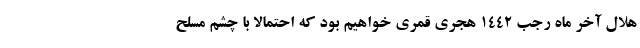
هلال آخر ماه رجب ۱۴۴۲ هجری قمری خواهیم بود که احتمالا با چشم مسلح